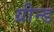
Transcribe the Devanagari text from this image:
ग्रीन्ड